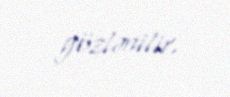
gözlənilir.